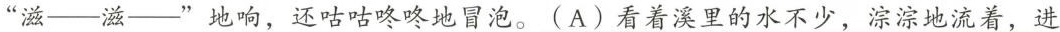
”滋——滋——”地响，还咕咕咚咚地冒泡。\underline{(A)看着溪里的水不少，淙淙地流着，进}